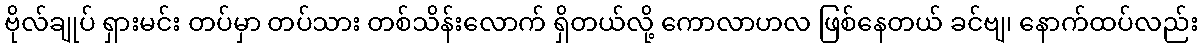
ဗိုလ်ချုပ် ရှားမင်း တပ်မှာ တပ်သား တစ်သိန်းလောက် ရှိတယ်လို့ ကောလာဟလ ဖြစ်နေတယ် ခင်ဗျ၊ နောက်ထပ်လည်း